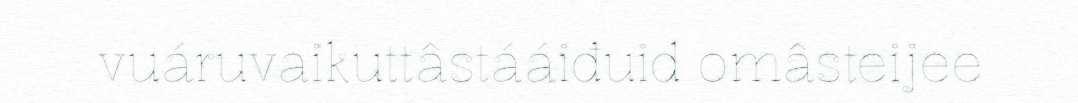
vuáruvaikuttâstááiđuid omâsteijee